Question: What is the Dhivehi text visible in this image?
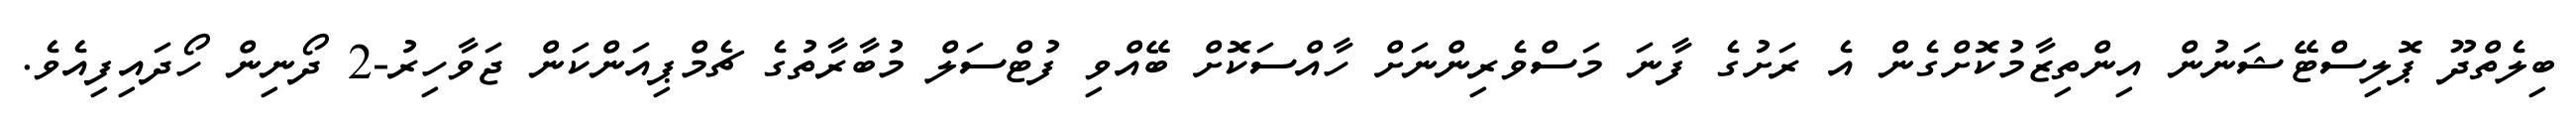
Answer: ބިލެތްދޫ ޕޮލިސްޓޭޝަނުން އިންތިޒާމުކޮށްގެން އެ ރަށުގެ ފާނަ މަސްވެރިންނަށް ހާއްސަކޮށް ބޭއްވި ފުޓްސަލް މުބާރާތުގެ ޗެމްޕިއަންކަން ޖަވާހިރު-2 ދޯނިން ހޯދައިފިއެވެ.